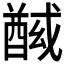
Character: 𰼍